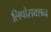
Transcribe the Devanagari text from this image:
लिपोसक्सन